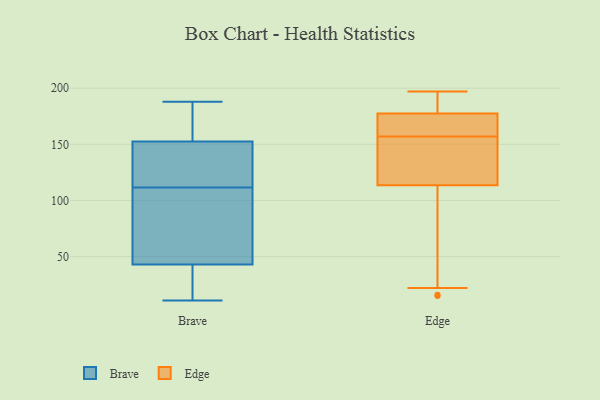
{"axis": {"x": "Conversion Rate (%)", "y": "Value"}, "legend": ["Brave", "Edge"], "data": [{"x": "", "y": 100, "type": "Brave"}, {"x": "", "y": 95, "type": "Brave"}, {"x": "", "y": 179, "type": "Brave"}, {"x": "", "y": 11, "type": "Brave"}, {"x": "", "y": 19, "type": "Brave"}, {"x": "", "y": 39, "type": "Brave"}, {"x": "", "y": 170, "type": "Brave"}, {"x": "", "y": 160, "type": "Brave"}, {"x": "", "y": 145, "type": "Brave"}, {"x": "", "y": 142, "type": "Brave"}, {"x": "", "y": 188, "type": "Brave"}, {"x": "", "y": 93, "type": "Brave"}, {"x": "", "y": 39, "type": "Brave"}, {"x": "", "y": 123, "type": "Brave"}, {"x": "", "y": 47, "type": "Brave"}, {"x": "", "y": 125, "type": "Brave"}, {"x": "", "y": 176, "type": "Edge"}, {"x": "", "y": 131, "type": "Edge"}, {"x": "", "y": 103, "type": "Edge"}, {"x": "", "y": 196, "type": "Edge"}, {"x": "", "y": 184, "type": "Edge"}, {"x": "", "y": 172, "type": "Edge"}, {"x": "", "y": 191, "type": "Edge"}, {"x": "", "y": 16, "type": "Edge"}, {"x": "", "y": 167, "type": "Edge"}, {"x": "", "y": 15, "type": "Edge"}, {"x": "", "y": 124, "type": "Edge"}, {"x": "", "y": 138, "type": "Edge"}, {"x": "", "y": 163, "type": "Edge"}, {"x": "", "y": 22, "type": "Edge"}, {"x": "", "y": 151, "type": "Edge"}, {"x": "", "y": 197, "type": "Edge"}, {"x": "", "y": 179, "type": "Edge"}, {"x": "", "y": 166, "type": "Edge"}, {"x": "", "y": 30, "type": "Edge"}, {"x": "", "y": 126, "type": "Edge"}]}